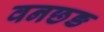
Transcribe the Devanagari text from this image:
वनछङ